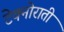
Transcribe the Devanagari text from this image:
टेक्नोराती